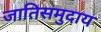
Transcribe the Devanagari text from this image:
जातिसमुदाय